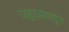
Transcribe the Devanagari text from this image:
जहाजांमधून